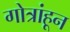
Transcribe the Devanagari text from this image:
गोत्रांहून